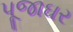
પૂજાઘર